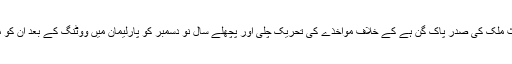
اس سکینڈل میں ملوث ملک کی صدر پاک گُن ہے کے خلاف مواخذے کی تحریک چلی اور پچھلے سال نو دسمبر کو پارلیمان میں ووٹنگ کے بعد ان کو معطل کر دیا گیا تھا۔